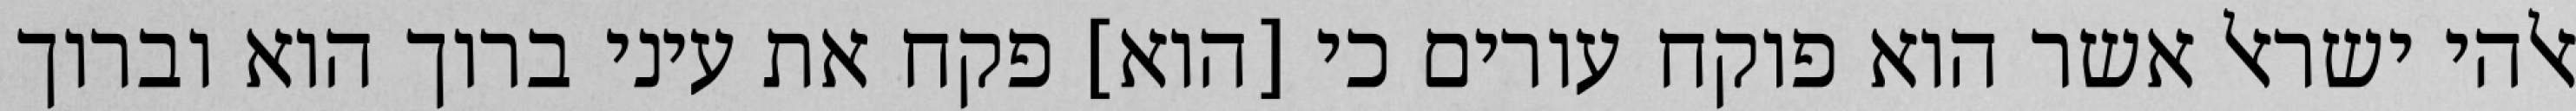
אלהי ישראל אשר הוא פוקח עורים כי [הוא] פקח את עיני ברוך הוא וברוך